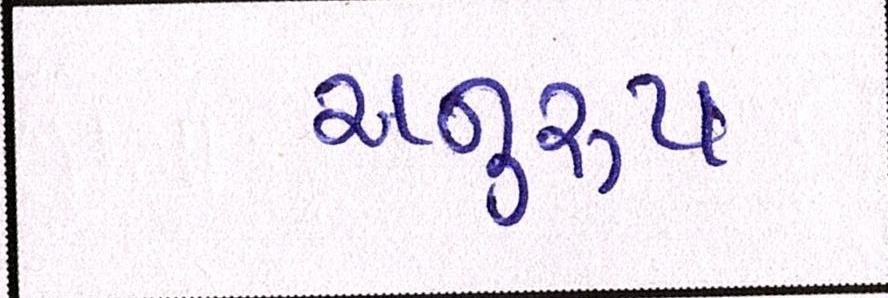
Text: અનુરૃપ